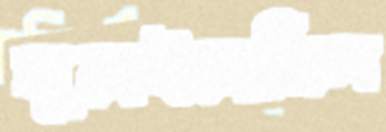
ঘুরাইয়াছিল